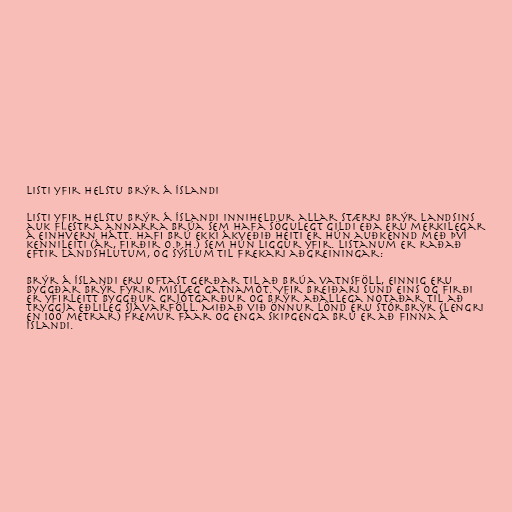
Listi yfir helstu brýr á Íslandi

Listi yfir helstu brýr á Íslandi inniheldur allar stærri brýr landsins
auk flestra annarra brúa sem hafa sögulegt gildi eða eru merkilegar
á einhvern hátt. Hafi brú ekki ákveðið heiti er hún auðkennd með því
kennileiti (ár, firðir o.þ.h.) sem hún liggur yfir. Listanum er raðað
eftir landshlutum, og sýslum til frekari aðgreiningar:

Brýr á Íslandi eru oftast gerðar til að brúa vatnsföll, einnig eru
byggðar brýr fyrir mislæg gatnamót. Yfir breiðari sund eins og firði
er yfirleitt byggður grjótgarður og brýr aðallega notaðar til að
tryggja eðlileg sjávarföll. Miðað við önnur lönd eru stórbrýr (lengri
en 100 metrar) fremur fáar og enga skipgenga brú er að finna á
Íslandi.